Annual vaccination report of Bihar and Orissa - 1911-1928
Year: 1911
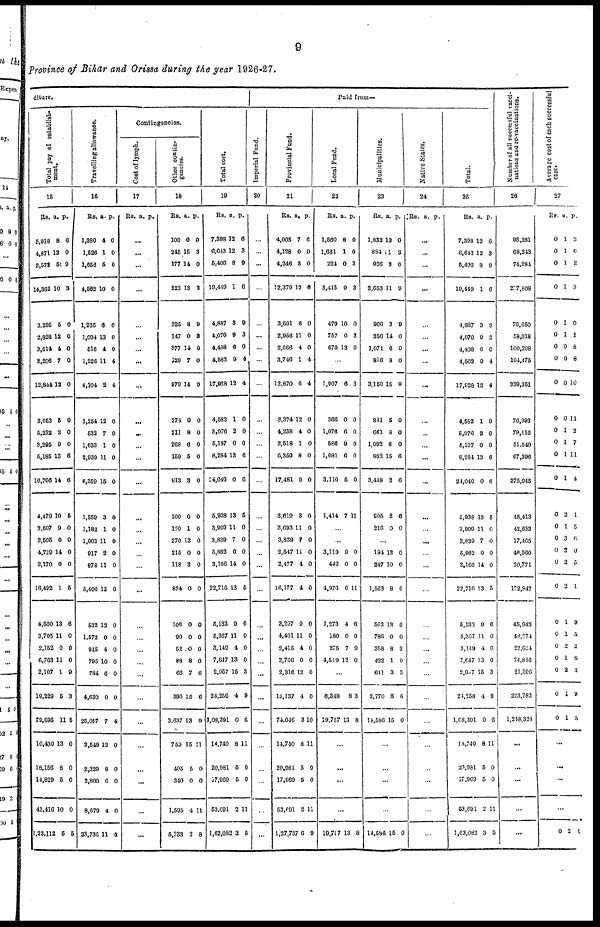
9
Province of Bihar and Orissa during the year 1926-27.
diture.
Total pay of establish-
ment.
15
Rs.
5,918
4,871
3,572
14,362
3,295
2,828
8,514
8,206
12,844
3,053
5,232
3,295
5,185
16,766
4,479
2,607
2,505
4,729
2,170
16,492
4,500
3,705
2,152
6,763
2,107
19,229
79,695
10,430
18,156
14,829
43,416
1,23,112
a.
8
12
51
10
5
12
4
7
12
5
3
9
13
14
10
9
0
14
0
1
13
11
0
11
1
5
11
13
8
5
10
5
p.
6
0
9
3
0
0
0
0
0
0
0
0
6
6
5
0
0
0
0
5
6
0
0
0
9
3
5
0
0
0
0
5
Travelling allowance.
16
Rs.
1,380
1,526
1,656
4,562
1,266
1,094
516
1,226
4,104
1,254
532
1,633
2,939
6,359
1,359
1,182
1,063
917
878
5,400
532
1,572
945
795
784
4,630
25,057
3,549
2,329
2,800
8,679
33,736
a.
4
1
5
10
6
13
4
11
2
12
7
1
11
15
3
1
11
2
11
12
12
0
4
10
6
0
7
12
8
0
4
11
p.
0
0
0
0
0
0
0
4
4
0
0
0
0
0
0
0
0
0
0
0
0
0
0
0
0
0
4
0
0
0
0
4
Contingencies.
Cost of lymph.
17
Rs. a. p.
...
...
...
...
...
...
...
...
...
...
...
...
...
...
...
...
...
...
...
...
...
...
...
...
...
...
...
...
...
...
...
Other contin-
gencies.
18
Rs.
100
245
177
523
325
147
377
129
979
274
211
268
159
913
100
120
270
215
118
824
100
90
52
88
66
396
3,637
759
495
340
1,595
5,233
a.
0
15
14
13
8
0
14
7
14
0
8
6
5
3
0
1
12
0
3
0
0
0
0
8
7
15
13
15
5
0
4
2
p.
0
3
0
3
9
3
0
0
0
0
0
0
0
0
0
0
0
0
0
0
0
0
0
0
6
6
9
11
0
0
11
8
Total cost.
19
Rs.
7,398
6,643
5,406
19,449
4,887
4,070
4,408
4,562
17,928
4,582
5,976
5,197
8,284
24,040
5,938
3,909
3,839
5,862
3,166
22,716
5,133
5,367
3,149
7,647
2,957
24,256
1,08,391
14,740
20,981
17,969
53,961
1,62,082
a.
12
12
8
1
3
0
6
9
12
1
2
0
13
0
13
11
7
0
14
13
9
11
4
13
15
4
0
8
5
5
2
3
p.
6
3
9
6
9
3
0
4
4
0
0
0
6
6
5
0
0
0
0
5
6
0
0
0
3
9
0
11
0
0
11
5
Paid from—
Imperial Fund.
20
...
...
...
...
...
...
...
...
...
...
...
...
...
...
...
...
...
...
...
...
...
...
...
...
...
...
...
...
...
...
...
...
Provincial Fund.
21
Rs.
4,005
4,128
4,246
12,379
3,501
2,956
2,666
3,746
12,870
3,374
4,238
3,518
6,350
17,481
3,619
3,693
3,839
2,547
2,477
16,177
3,297
4,401
2,415
2,706
2,316
15,137
74,046
14,740
20,981
17,969
53,691
1,27,737
a.
7
0
5
12
6
11
4
1
6
12
4
1
8
9
3
11
7
11
4
4
9
11
4
0
12
4
3
8
5
5
2
6
p.
6
0
0
6
0
0
0
4
4
0
0
0
0
0
0
0
0
0
0
0
0
0
0
0
0
0
10
11
0
0
11
9
Local Fund.
22
Rs.
1,560
1,631
224
3,415
479
757
670
a.
8
1
0
9
10
0
12
p.
0
0
3
3
0
3
0
...
1,907
366
1,076
586
1,081
3,110
1,414
6
0
6
9
0
5
7
3
0
0
0
0
0
11
...
...
3,119
442
4,976
1,273
180
375
4,519
0
0
0
4
0
7
12
0
0
11
0
0
0
0
...
6,348
19,757
8
13
3
8
...
...
...
...
19,757 13 8
Municipalities.
23
Rs.
1,832
884
936
3,653
906
356
1,071
816
3,150
841
661
1,092
852
3,448
905
216
a.
13
11
3
11
3
14
6
8
15
5
8
6
15
2
2
0
p.
0
3
6
9
9
0
0
0
9
0
0
0
6
0
6
0
...
194
247
1,563
562
786
368
422
641
2,770
14,586
12
10
8
12
0
8
1
3
8
15
0
0
6
0
0
3
0
3
6
0
...
...
...
...
14,586 15 0
Native States.
24
Rs. a. p.
...
...
...
...
...
...
...
...
...
...
...
...
...
...
...
...
...
...
...
...
...
...
...
...
...
...
...
...
...
...
...
Total.
25
Rs.
7,398
6,643
5,406
19,449
4,887
4,070
4,408
4,562
17,928
4,582
5,976
5,197
8,284
24,040
5,938
3,909
3,839
5,862
3,166
22,716
5,133
5,367
3,149
7,647
2,907
21,256
1,08,391
14,740
20,981
17,969
53,691
1,62,082
a.
12
12
8
1
3
0
6
9
12
1
2
0
13
0
13
11
7
0
14
13
9
11
4
13
15
4
0
8
5
5
2
3
p.
0
3
9
0
9
3
0
4
4
0
0
0
6
6
5
0
0
0
0
5
6
0
0
0
3
0
6
11
0
0
11
5
Number of all successful vacci-
nations and re-vaccinations.
26
95,281
68,243
74,284
257,808
76,650
58,018
100,208
104,475
339,351
76,993
79,116
51,540
67,396
275,045
45,413
42,633
17,465
46,560
20,771
152,842
45,942
58,274
22,624
74,816
21,596
223,282
1,248,328
...
...
...
...
...
Average cost of each successful
case
27
Rs.
0
0
0
0
0
0
0
0
0
0
0
0
0
0
0
0
0
0
0
0
0
0
0
0
0
0
0
a.
1
1
1
1
1
1
0
0
0
0
1
1
1
1
2
1
3
2
2
2
1
1
2
1
2
1
1
p.
3
6
2
3
0
1
8
8
10
11
2
7
11
4
1
5
6
0
5
1
9
5
2
6
2
9
5
...
...
...
...
0 2 1